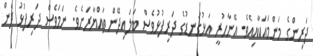
ދަރިންގެ މަންމައަކާއިއެވެ. އޭނާހުރީ އަޅުގަނޑުގެ ދަރިފުޅުވެސް ބަލައިދޭން ތައްޔާރަށެވެ. ނަމަވެސް ދަރިފުޅު ދެން